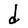
Character: d